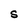
Character: S